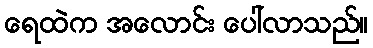
ရေထဲက အလောင်း ပေါ်လာသည်။